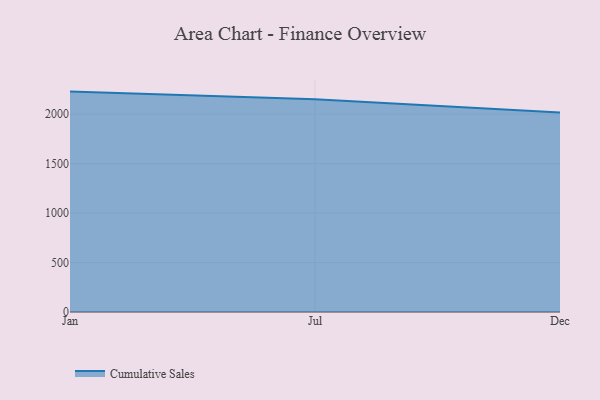
{"axis": {"x": "Month", "y": "Satisfaction Score"}, "legend": ["Cumulative Sales"], "data": [{"x": "Jan", "y": 2227.1, "type": "Cumulative Sales"}, {"x": "Jul", "y": 2150.3, "type": "Cumulative Sales"}, {"x": "Dec", "y": 2015.6, "type": "Cumulative Sales"}]}